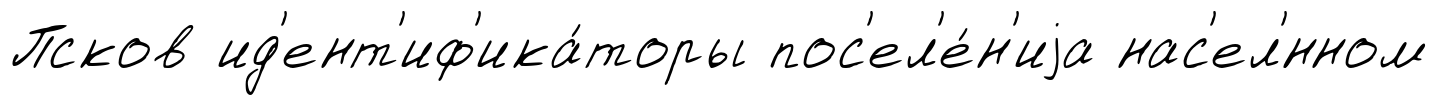
Псков ид'ент'иф'ика́торы пос'ел'е́н'иjа нас'ел'́нном